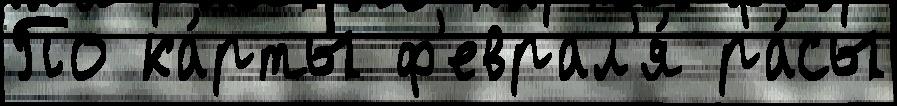
По ка́рты ф'еврал'я́ ра́сы